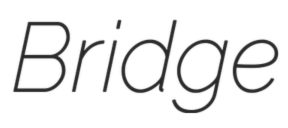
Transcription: Bridge